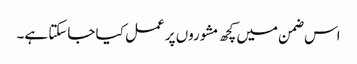
اس ضمن میں کچھ مشوروں پر عمل کیا جاسکتا ہے۔